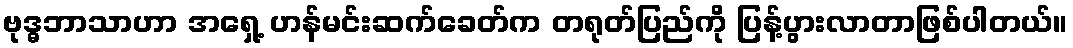
ဗုဒ္ဓဘာသာဟာ အရှေ့ ဟန်မင်းဆက်ခေတ်က တရုတ်ပြည်ကို ပြန့်ပွားလာတာဖြစ်ပါတယ်။